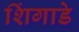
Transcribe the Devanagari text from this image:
शिंगाडे